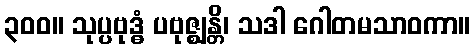
၃၀၀။ သုပ္ပဗုဒ္ဓံ ပဗုဇ္ဈန္တိ၊ သဒါ ဂေါတမသာဝကာ။